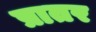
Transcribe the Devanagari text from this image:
प्रातर